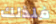
فلذلك